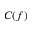
C ( f )